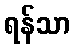
ရန်သာ